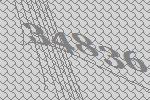
34836